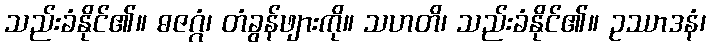
သည်းခံနိုင်၏။ ဓဇဂ္ဂံ၊ တံခွန်ဖျားကို။ သဟတိ၊ သည်းခံနိုင်၏။ ဥဿာဒနံ၊